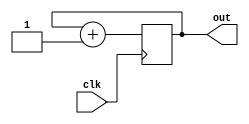
module bit_counter(input wire clk, output [23:0] out);
  reg [23:0] out = 0;

  initial begin
    out = 0;
  end

  always @ ( posedge clk ) begin
    out <= out + 1;
  end
endmodule